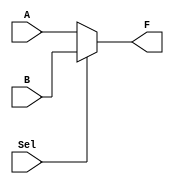
`timescale 1ns/1ps

module mux_2to1_32bit(
    output wire [31:0] F, 
    input wire [31:0] A, B, 
    input wire Sel
);

    assign F = (Sel == 1'b0) ? A : B;

endmodule